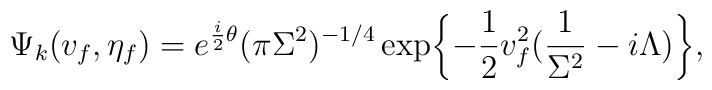
\Psi_k(v_f,\eta_f) = e^{{i\over 2}\theta} (\pi\Sigma^2)^{-1/4} \exp\biggl\{-{1\over 2}v_f^2( {1\over\Sigma^2} - i\Lambda) \biggr\} ,